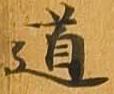
道